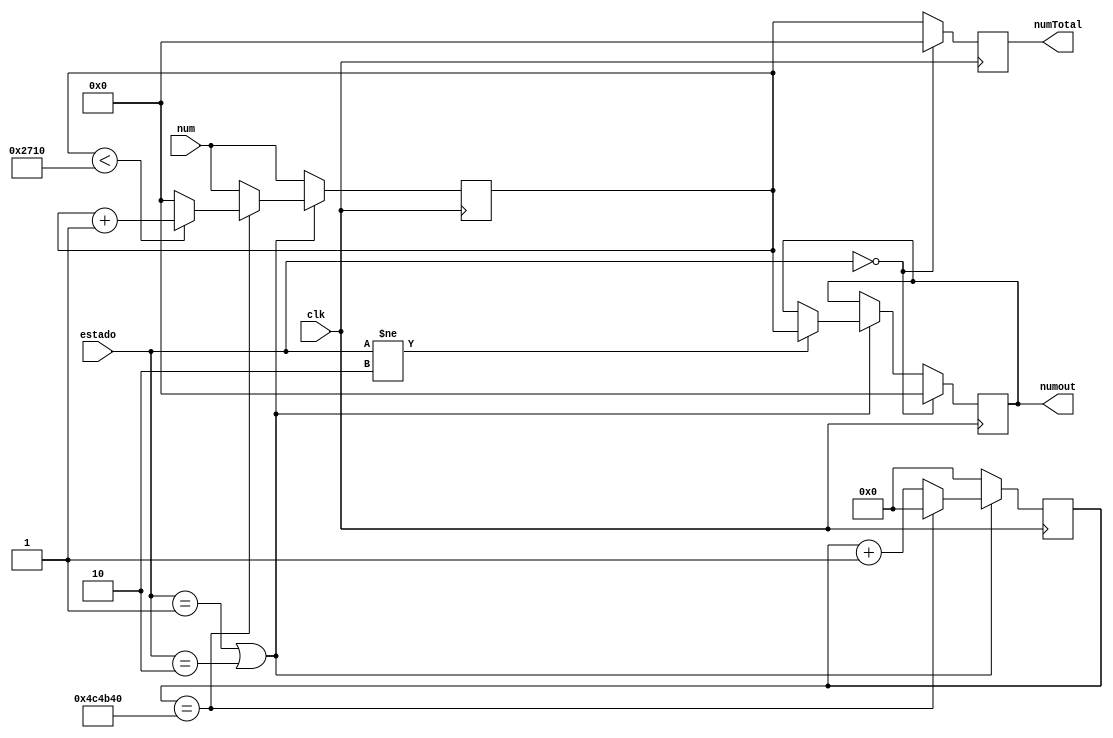
module contador(num, estado, numout, numTotal, clk);

input clk;
input [2:0] estado;
input [14:0] num;
output reg [14:0] numout, numTotal;

// 5000000 = 1 decimo de segundo
reg [0:30] i = 0;
parameter dec_segundo = 5000000;
reg [14:0] numTemporario;

always @(posedge clk) begin
	numTemporario <= num;
	// if conta ou pausa
	if(estado == 1 || estado == 2) begin
		if(i == dec_segundo) begin
			if(numTemporario < 10000) begin
				numTemporario <= numTemporario + 1;
			end
			else begin
				numTemporario <= 0;
			end
			i <= 0;
		end
		else i <= i + 1;
		
		// if !pausa
		if(estado != 2) begin
			numout <= numTemporario;
		end
	end
	else i <= 0;
	
	// if reseta
	if(estado == 0) begin
		numTotal <= 0;
		numout <= 0;
	end else numTotal <= numTemporario;
end

endmodule